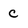
Character: c